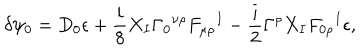
\delta \psi _ { 0 } = D _ { 0 } \epsilon + { \frac { i } { 8 } } X _ { I } \Gamma _ { 0 } { } ^ { \nu \rho } F _ { \mu \rho } { } ^ { I } - { \frac { i } { 2 } } \Gamma ^ { \rho } X _ { I } F _ { 0 \rho } { } ^ { I } \epsilon ,